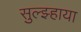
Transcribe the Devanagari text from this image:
सुल्झ्हाया